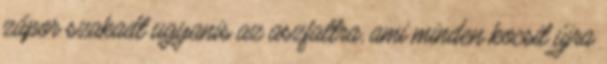
zápor szakadt ugyanis az aszfaltra, ami minden kocsit újra